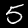
Digit: 5